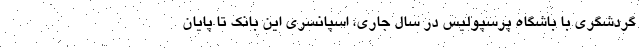
گردشگری با باشگاه پرسپولیس در سال جاری، اسپانسری این بانک تا پایان